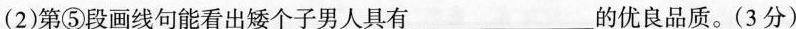
(2)第⑤段画线句能看出矮个子男人具有___优良品质。（3分）